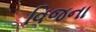
વિજના